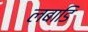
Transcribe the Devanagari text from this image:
लबाडि